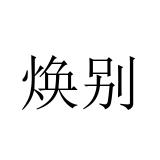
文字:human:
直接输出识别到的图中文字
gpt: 焕别